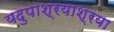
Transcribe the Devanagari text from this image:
यदुपाश्रयाश्रया